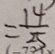
= \frac { 1 4 } { 2 5 }